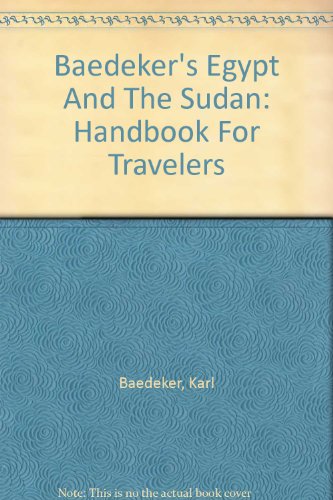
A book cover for Baedeker's Egypt And The Sudan: Handbook For Travelers; Travel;